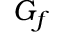
G _ { f }